Report on the Civil Veterinary Department, Eastern Bengal and Assam - 1907-1911
Year: 1907
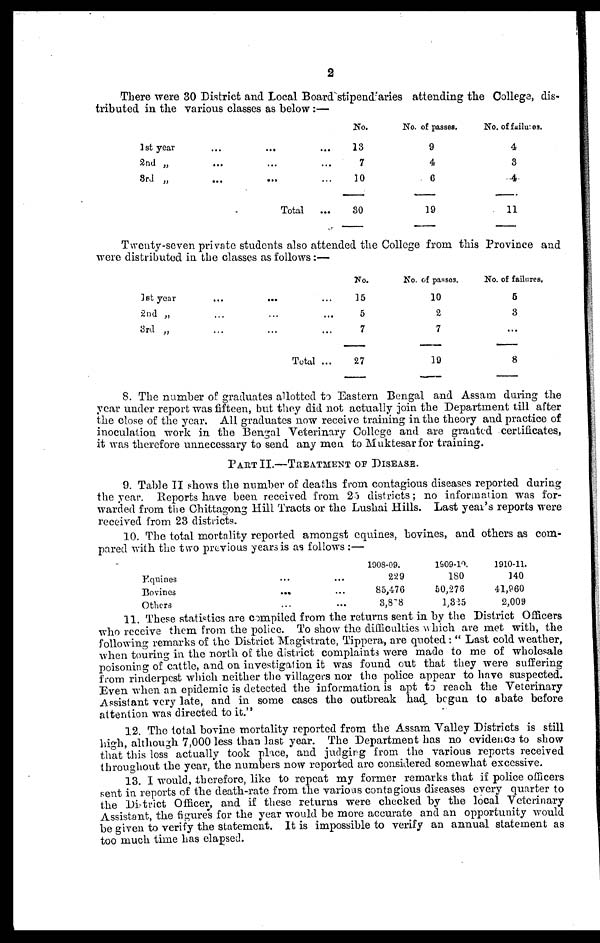
2
There were 30 District and Local Board stipend aries attending the College, dis-
tributed in the various classes as below:—
1 st year ...
2nd „ ...
3rd „ ...
...
...
...
Total
No.
... 13
... 7
... 10
30
No. of passes.
9
4
6
19
No. of failures.
4
3
4
11
Twenty-seven private students also attended the College from this Province and
were distributed in the classes as follows:—
1st year ...
2nd „ ...
3rd „ ...
... ...
... ...
... ...
Total ...
No.
15
5
7
27
No. of passes.
10
2
7
19
No. of failures,
5
3
...
8
8. The number of graduates allotted to Eastern Bengal and Assam during the
year under report was fifteen, but they did not actually join the Department till after
the close of the year. All graduates now receive training in the theory and practice of
inoculation work in the Bengal Veterinary College and are granted certificates,
it was therefore unnecessary to send any men to Muktesar for training.
PART II.—TREATMENT OF DISEASE.
9. Table II shows the number of deaths from contagious diseases reported during
the year. Reports have been received from 25 districts; no information was for-
warded from the Chittagong Hill Tracts or the Lushai Hills. Last year's reports were
received from 23 districts.
10. The total mortality reported amongst equines, bovines, and others as com-
pared with the two previous years is as follows:—
Rquines
Bovines
Others
...
...
...
...
...
...
1008-09.
229
85,476
3,878
1909-10.
180
50,276
1,325
1910-11.
140
41,960
2,009
11. These statistics are compiled from the returns sent in by the District Officers
who receive them from the police. To show the difficulties which are met with, the
following remarks of the District Magistrate, Tippera, are quoted: "Last cold weather,
when touring in the north of the district complaints were made to me of wholesale
poisoning of cattle, and on investigation it was found out that they were suffering
from rinderpest which neither the villagers nor the police appear to have suspected.
Even when an epidemic is detected the information is apt to reach the Veterinary
Assistant very late, and in some cases the outbreak had begun to abate before
attention was directed to it."
12. The total bovine mortality reported from the Assam Valley Districts is still
high, although 7,000 less than last year. The Department has no evidence to show
that this loss actually took place, and judging from the various reports received
throughout the year, the numbers now reported are considered somewhat excessive.
13. I would, therefore, like to repeat my former remarks that if police officers
sent in reports of the death-rate from the various contagious diseases every quarter to
the District Officer, and if these returns were checked by the local Veterinary
Assistant, the figures for the year would be more accurate and an opportunity would
be given to verify the statement. It is impossible to verify an annual statement as
too much time has elapsed.